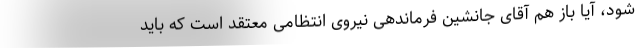
شود، آیا باز هم آقای جانشین فرماندهی نیروی انتظامی معتقد است که باید